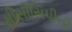
મીસીસિપીની